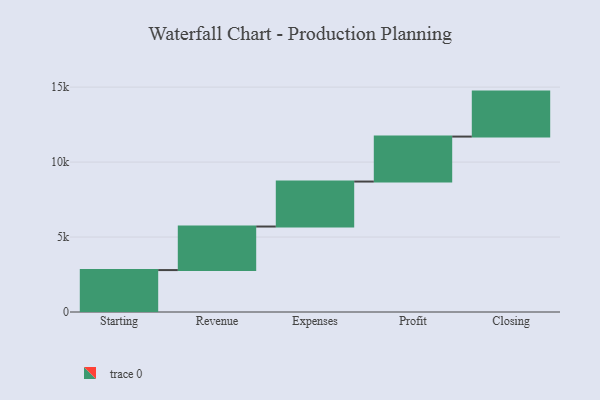
{"axis": {"x": "Step", "y": "Value"}, "legend": [""], "data": [{"x": "Starting", "y": 2796.0, "type": ""}, {"x": "Revenue", "y": 2905.0, "type": ""}, {"x": "Expenses", "y": 3000, "type": ""}, {"x": "Profit", "y": 3000, "type": ""}, {"x": "Closing", "y": 3000, "type": ""}]}